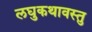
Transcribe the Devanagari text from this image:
लघुकथावस्तु